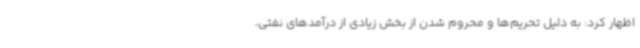
اظهار کرد: به دلیل تحریم‌ها و محروم شدن از بخش زیادی از درآمدهای نفتی،